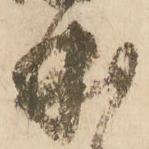
曲